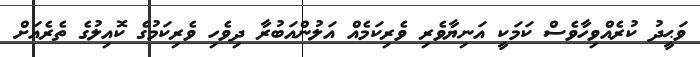
ވަޙީދު ކުރެއްވިހާވެސް ކަމަކީ އަނިޔާވެރި ވެރިކަމެއް އަލުންއަބުރާ ދިވެހި ވެރިކަމުގެ ކޮއިލުގެ ތެރެއަށް